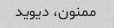
ممنون، دیوید